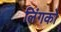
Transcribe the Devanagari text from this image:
लिंगको